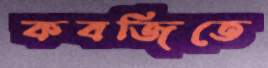
কবজিতে